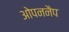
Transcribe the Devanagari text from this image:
ओपननैप